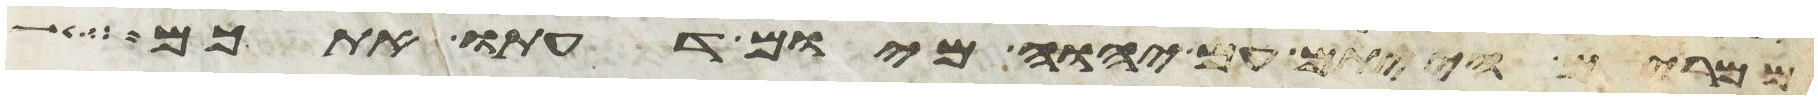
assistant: ממרים הייתם עם יהוה מיום דעתו אתכם